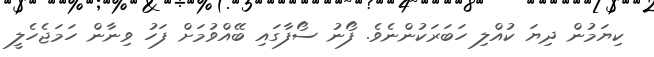
ކިޔަމުން ދިޔަ ކުއްލި ހަބަރަކުންނެވެ. ފޯނު ސޯފާގައި ބޭއްވުމަށް ފަހު ވިނާން ހަމަޖެހެލީ